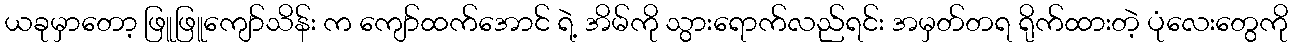
ယခုမှာတော့ ဖြူဖြူကျော်သိန်း က ကျော်ထက်အောင် ရဲ့ အိမ်ကို သွားရောက်လည်ရင်း အမှတ်တရ ရိုက်ထားတဲ့ ပုံလေးတွေကို